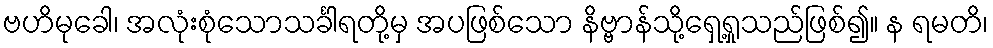
ဗဟိမုခေါ၊ အလုံးစုံသောသင်္ခါရတို့မှ အပဖြစ်သော နိဗ္ဗာန်သို့ရှေ့ရှုသည်ဖြစ်၍။ န ရမတိ၊